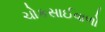
ચોકસાઈવાળો